Reports on military cantonments and civil stations in the Presidency of Bombay inspected by the Sanitary Commissioner in the years 1875 and 1876
Year: 1875
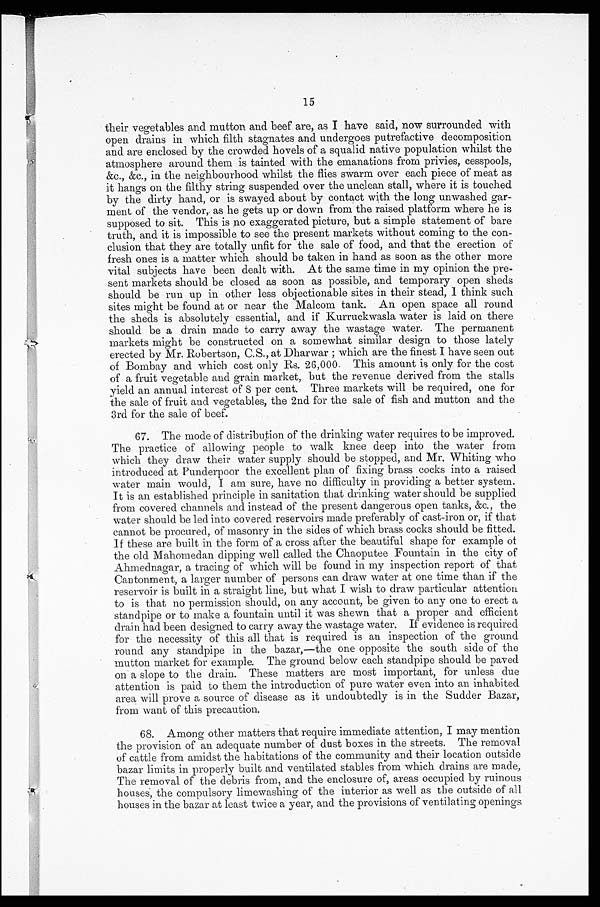
15
their vegetables and mutton and beef are, as I have said, now surrounded with
open drains in which filth stagnates and undergoes putrefactive decomposition
and are enclosed by the crowded hovels of a squalid native population whilst the
atmosphere around them is tainted with the emanations from privies, cesspools,
&c., &c., in the neighbourhood whilst the flies swarm over each piece of meat as
it hangs on the filthy string suspended over the unclean stall, where it is touched
by the dirty hand, or is swayed about by contact with the long unwashed gar-
ment of the vendor, as he gets up or down from the raised platform where he is
supposed to sit. This is no exaggerated picture, but a simple statement of bare
truth, and it is impossible to see the present markets without coming to the con-
clusion that they are totally unfit for the sale of food, and that the erection of
fresh ones is a matter which should be taken in hand as soon as the other more
vital subjects have been dealt with. At the same time in my opinion the pre-
sent markets should be closed as soon as possible, and temporary open sheds
should be run up in other less objectionable sites in their stead, I think such
sites might be found at or near the Malcom tank. An open space all round
the sheds is absolutely essential, and if Kurruckwasla water is laid on there
should be a drain made to carry away the wastage water. The permanent
markets might be constructed on a somewhat similar design to those lately
erected by Mr. Robertson, C.S., at Dharwar; which are the finest I have seen out
of Bombay and which cost only Rs. 26,000. This amount is only for the cost
of a fruit vegetable and grain market, but the revenue derived from the stalls
yield an annual interest of 8 per cent. Three markets will be required, one for
the sale of fruit and vegetables, the 2nd for the sale of fish and mutton and the
3rd for the sale of beef.
67. The mode of distribution of the drinking water requires to be improved.
The practice of allowing people to walk knee deep into the water from
which they draw their water supply should be stopped, and Mr. Whiting who
introduced at Punderpoor the excellent plan of fixing brass cocks into a raised
water main would, I am sure, have no difficulty in providing a better system.
It is an established principle in sanitation that drinking water should be supplied
from covered channels and instead of the present dangerous open tanks, &c., the
water should be led into covered reservoirs made preferably of cast-iron or, if that
cannot be procured, of masonry in the sides of which brass cocks should be fitted.
If these are built in the form of a cross after the beautiful shape for example of
the old Mahomedan dipping well called the Chaoputee Fountain in the city of
Ahmednagar, a tracing of which will be found in my inspection report of that
Cantonment, a larger number of persons can draw water at one time than if the
reservoir is built in a straight line, but what I wish to draw particular attention
to is that no permission should, on any account, be given to any one to erect a
standpipe or to make a fountain until it was shewn that a proper and efficient
drain had been designed to carry away the wastage water. If evidence is required
for the necessity of this all that is required is an inspection of the ground
round any standpipe in the bazar,—the one opposite the south side of the
mutton market for example. The ground below each standpipe should be paved
on a slope to the drain. These matters are most important, for unless due
attention is paid to them the introduction of pure water even into an inhabited
area will prove a source of disease as it undoubtedly is in the Sudder Bazar,
from want of this precaution.
68. Among other matters that require immediate attention, I may mention
the provision of an adequate number of dust boxes in the streets. The removal
of cattle from amidst the habitations of the community and their location outside
bazar limits in properly built and ventilated stables from which drains are made,
The removal of the debris from, and the enclosure of, areas occupied by ruinous
houses, the compulsory limewashing of the interior as well as the outside of all
houses in the bazar at least twice a year, and the provisions of ventilating openings